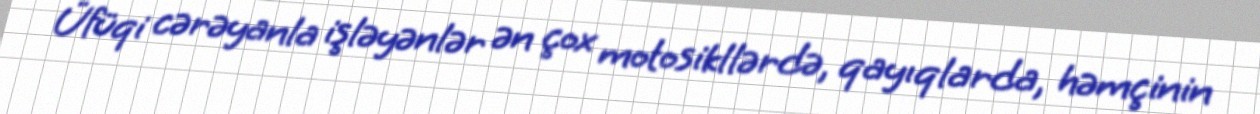
Üfüqi cərəyanla işləyənlər ən çox motosikllərdə, qayıqlarda, həmçinin